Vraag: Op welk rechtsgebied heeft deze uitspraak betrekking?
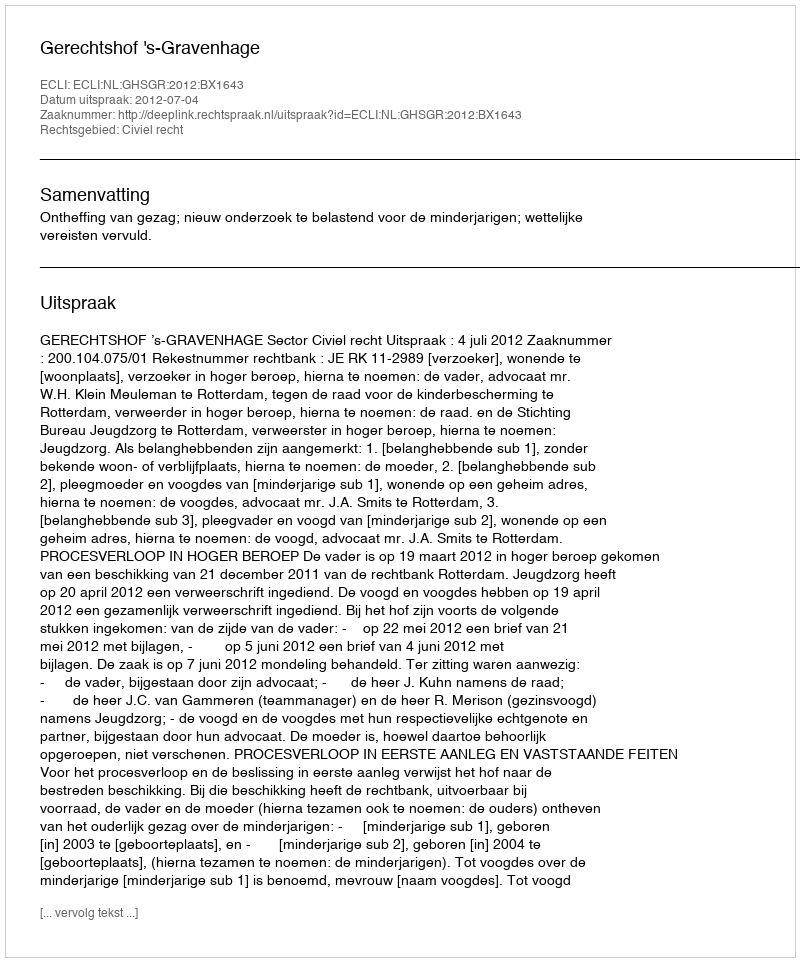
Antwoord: Civiel recht